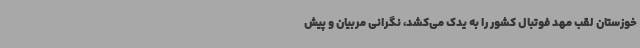
خوزستان لقب مهد فوتبال کشور را به یدک می‌کشد، نگرانی مربیان و پیش